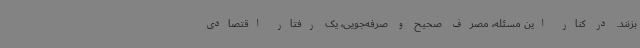
بزنند. در کنار این مسئله، مصرف صحیح و صرفه‌جویی، یک رفتار اقتصادی